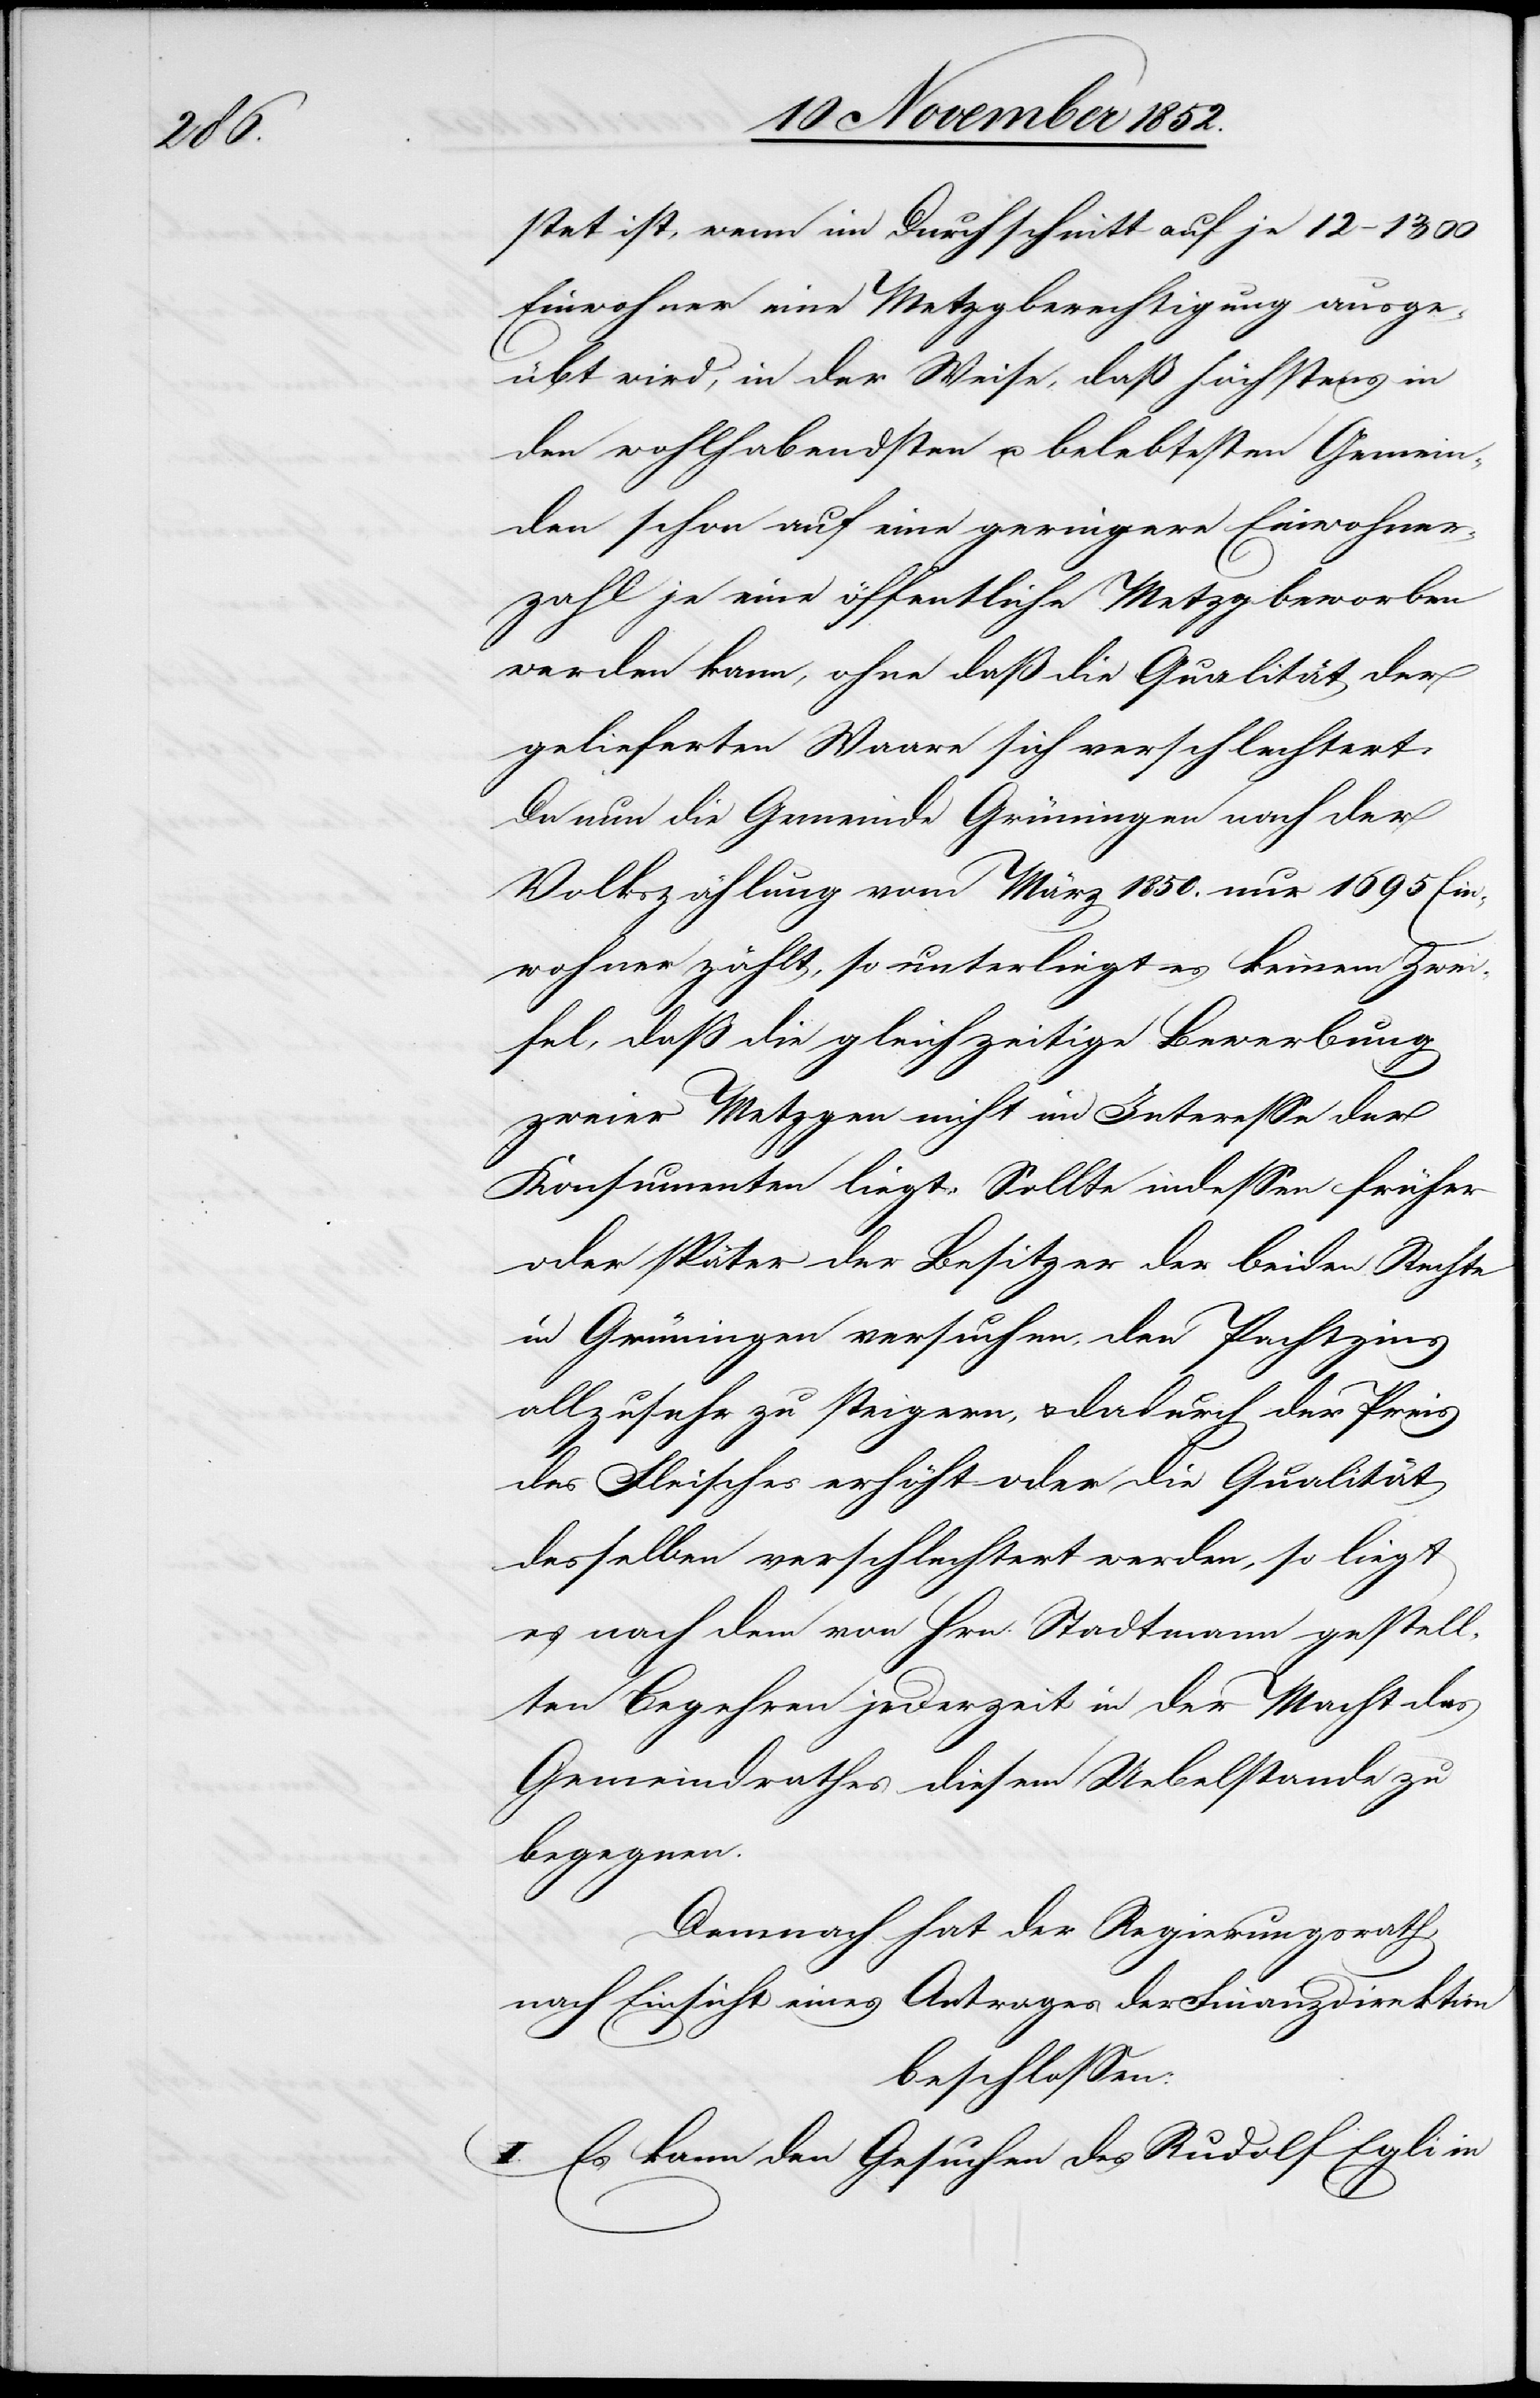
stet ist, wenn im Durchschnitt auf je 12–1300
Einwohner eine Metzgberechtigung ausge¬
übt wird, in der Weise, daß höchstens in
den wohlhabendsten u. belebtesten Gemein¬
den schon auf eine geringere Einwohner¬
zahl je eine öffentliche Metzg beworben
werden kann, ohne daß die Qualität der
gelieferten Waare sich verschlechtert.
Da nun die Gemeinde Grüningen nach der
Volkszählung vom März 1850. nur 1695 Ein¬
wohner zählt, so unterliegt es keinem Zwei¬
fel, daß die gleichzeitige Bewerbung
zweier Metzgen nicht im Interesse der
Konsumenten liegt. Sollte indessen früher
oder später der Besitzer der beiden Rechte
in Grüningen versuchen, den Pachtzins
allzusehr zu steigern, & dadurch der Preis
des Fleisches erhöht oder die Qualität
desselben verschlechtert werden, so liegt
es nach dem von Hrn. Stadtmann gestell¬
ten Begehren jederzeit in der Macht des
Gemeindrathes diesem Uebelstande zu
begegnen.
Demnach hat der Regierungsrath,
nach Einsicht eines Antrages der Finanzdirektion
beschlossen:
I. Es kann den Gesuchen des Rudolf Egli in